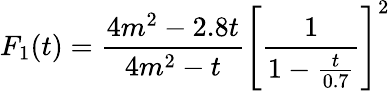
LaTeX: F_{1}(t)=\frac{4m^{2}-2.8t}{4m^{2}-t}\left[\frac{1}{1-\frac{t}{0.7}}\right]^{2}